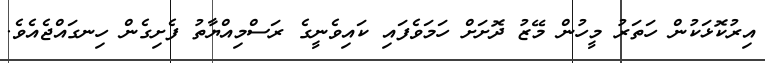
އިރުކޮޅަކުން ހަތަރު މީހުން މޭޒު ދޮށަށް ހަމަވެފައި ކައިވެނީގެ ރަސްމިއްޔާތު ފެށިގެން ހިނގައްޖެއެވެ.